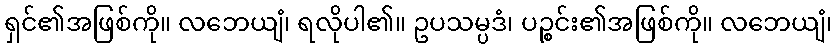
ရှင်၏အဖြစ်ကို။ လဘေယျံ၊ ရလိုပါ၏။ ဥပသမ္ပဒံ၊ ပဉ္စင်း၏အဖြစ်ကို။ လဘေယျံ၊